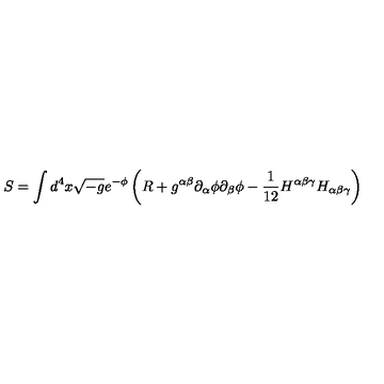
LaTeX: S = \int d ^ { 4 } x \sqrt { - g } e ^ { - \phi } \left( R + g ^ { \alpha \beta } \partial _ { \alpha } \phi \partial _ { \beta } \phi - \frac 1 { 1 2 } H ^ { \alpha \beta \gamma } H _ { \alpha \beta \gamma } \right)